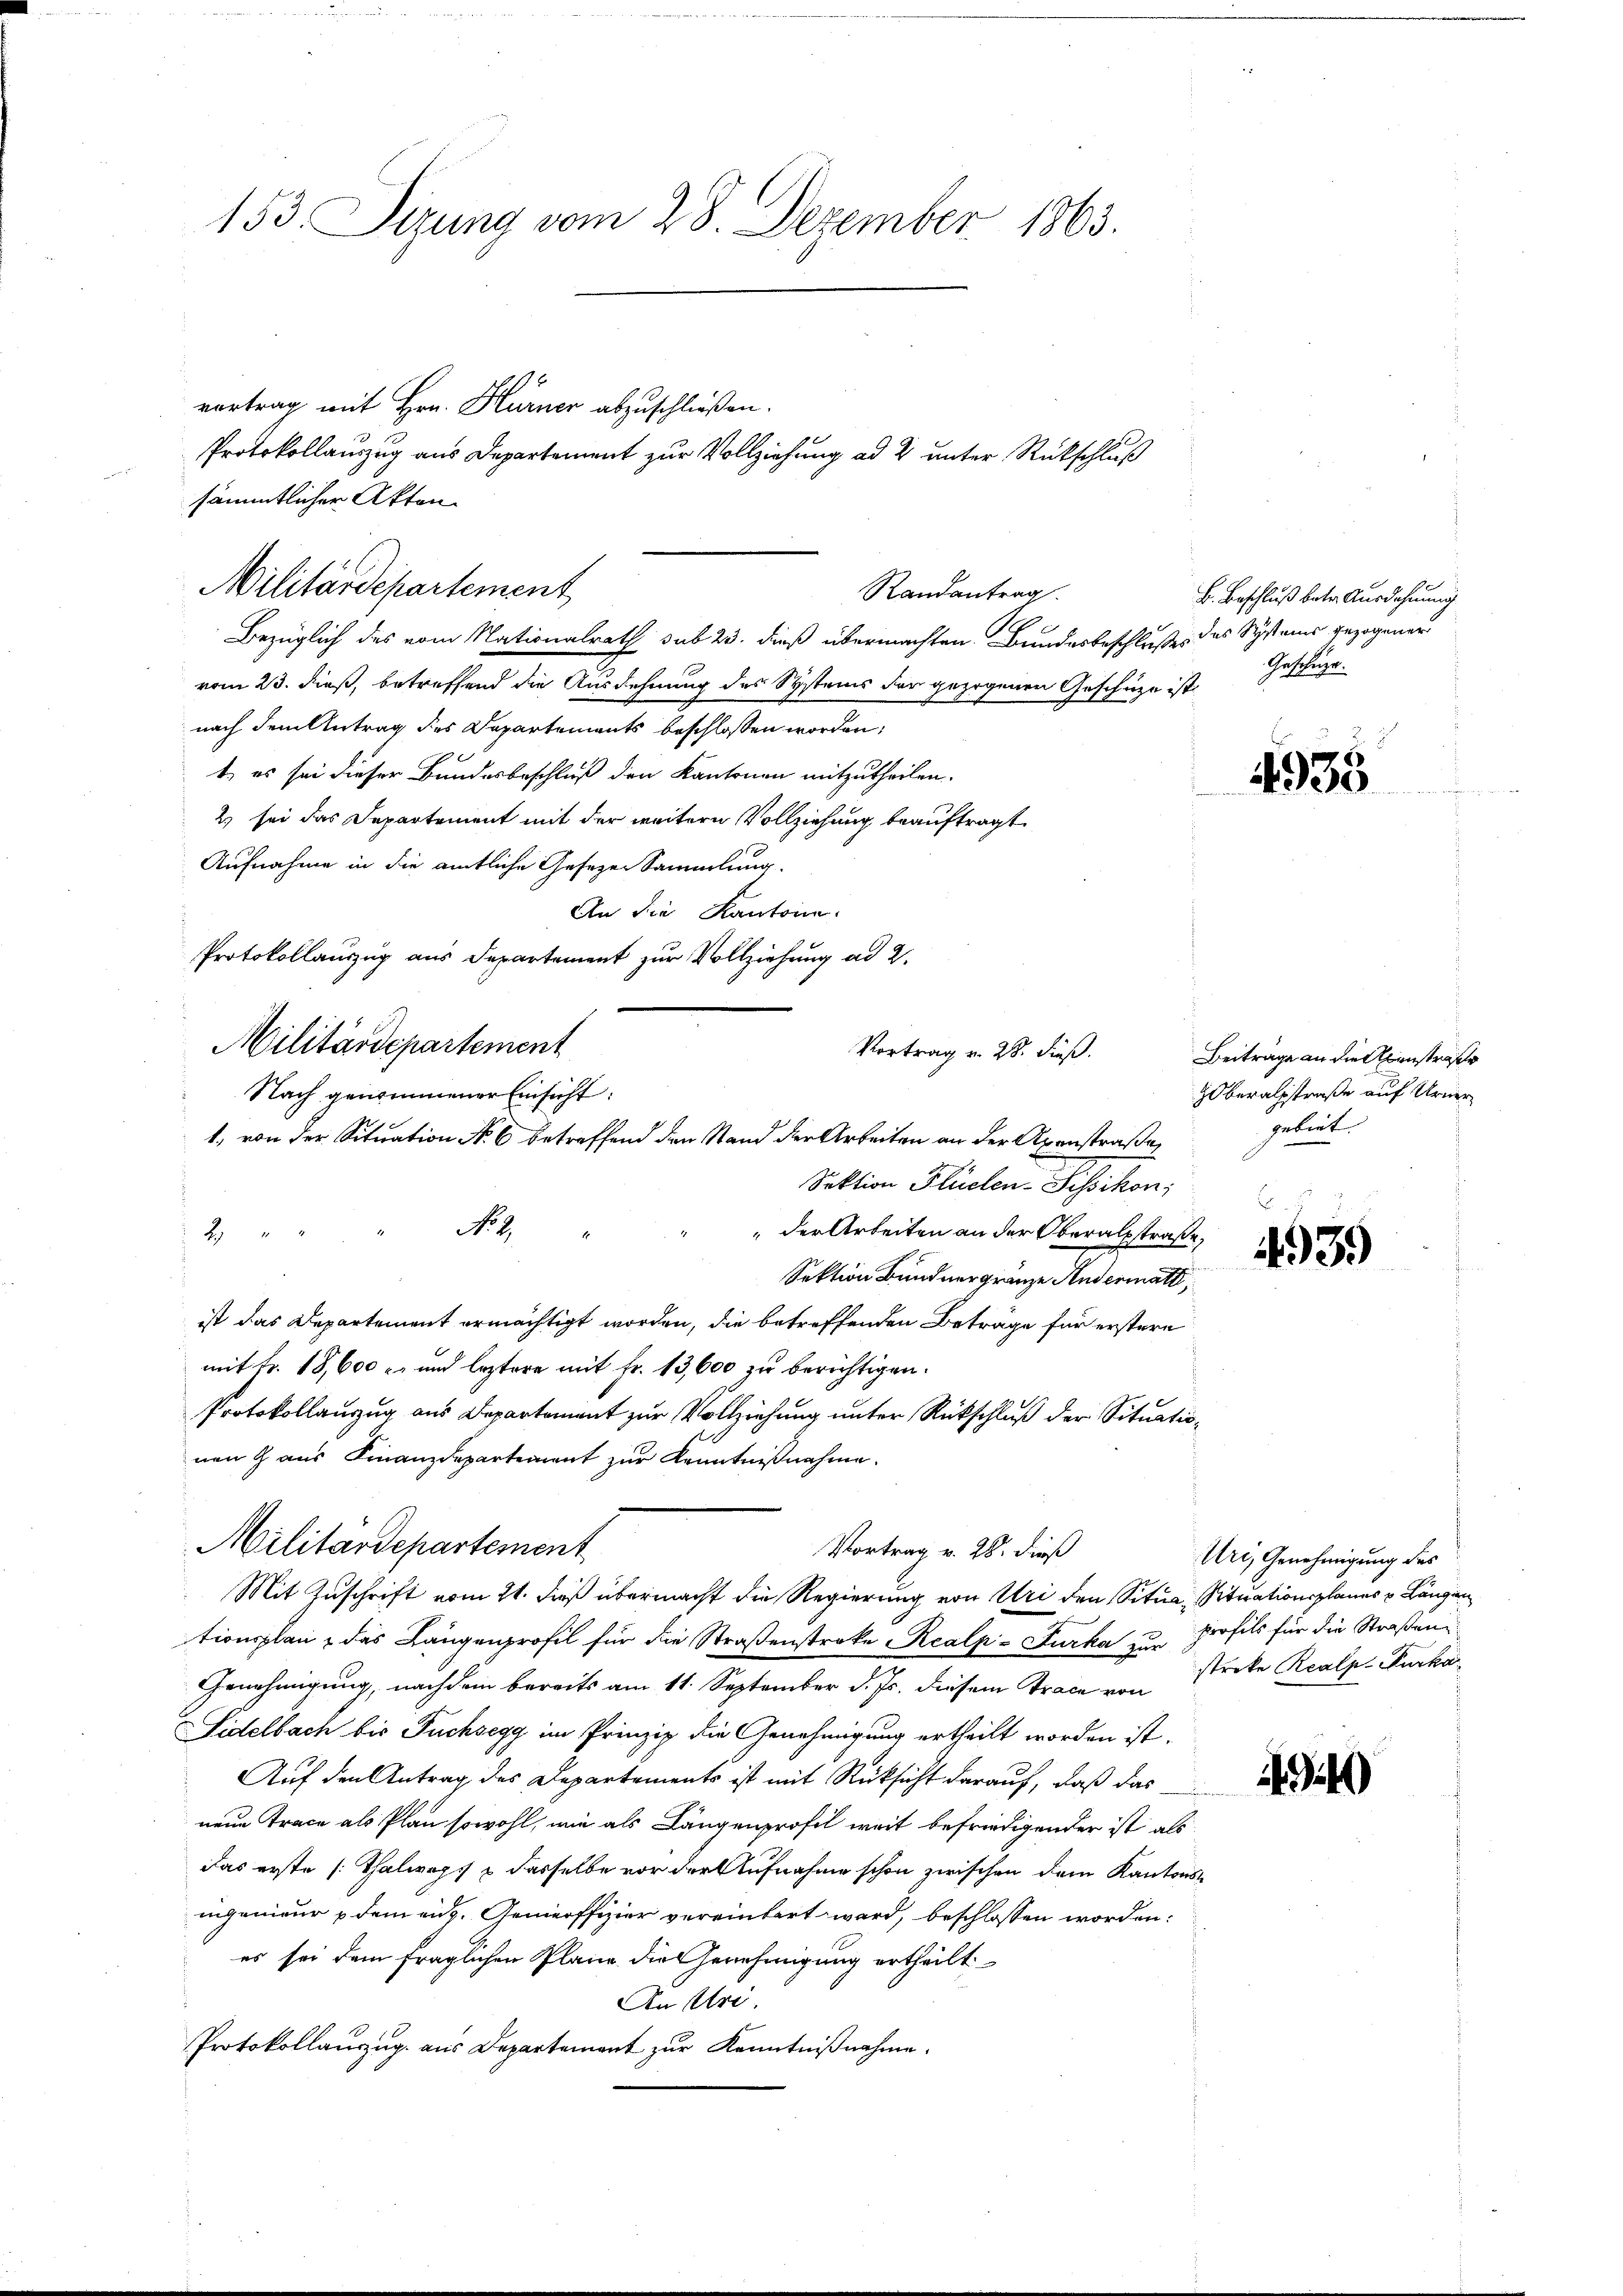
153. Sizung vom 28. Dezember 1863.

S
Bezüglich des vom Nationalrath sub 23. dieß übermachten Bundesbeschlußes des Systems gezogener
vom 23. dieß, betreffend die Ausdehnung des Systems der gezogenen Geschüze ist
nach dem Antrag des Departements beschlossen worden,
1.) es sei dieser Bundesbeschluß den Kantonen mitzutheilen.
2) sei das Departement mit der weitern Vollziehung beauftragt
Aufnahme in die amtliche Gesezen Sammlung.
An die Kantone.
Protokollauszug aus Departement zur Vollziehung ad 2.
No. 2.
2
Sektion Bundner gränze Andermatt,
ist das Departement ermächtigt worden, die betreffenden Beträge für erstere
mit Fr. 18,600 r. und leztere mit fr. 13,600 zu berichtigen.
Protokollauszug aus Departement zur Vollziehung unter Rückschluß der Situationen Gaus Finanzdepartement zur Kenntnißnahme.
Militärdepartement
Vortrag v. 28. dieß
Mit Zuschrift vom 21. dieß übermacht die Regierung von Uri den Situa, Situationsplanes v. Längen
tionsplan & das Längenprofil für die Straßenstreke Realp-Furka zur Profils für die Straßen¬
Genehmigung, nachdem bereits am 11. September d. Js. diesem Trace von
Fidelbach bis Fuchsegg im Prinzip die Genehmigung ertheilt worden ist.
Auf den Antrag des Departements ist mit Rücksicht darauf, daß das
neue Trace als Plan sowohl, wie als Längenprofil weit befriedigender ist als
das erste (Thalweg & dasselbe vor der Aufnahme schon zwischen dem Kantonsingenieur dem eidg. Gemeiffizier vereintert wird, beschlossen worden:
es sei dem fraglichen Plane die Genehmigung ertheilt
An Uri.
Protokollauszug aus Departement zur Kenntnißnahme.

vortrag mit Hrn. Hürner abzuschließen.
sämmtlicher Akten.
Militärdepartement
Randantrag

Militärdepartement
Vortrag v. 28. Fuß.
Nach genommener Einsicht:
1., von der Situation No 6 betreffend den Stand der Arbeiten an der Axenstraße
Sektion Flüelen-Sissikon;

Protokollauszug aus Departement zur Vollziehung ad 2 unter Rückschluß

B. Beschluß betr. Ausdehnung
Geschüze.

der Arbeiten an der Oberalstraße,

4935

Beiträge an die Axenstraße
Oberalsstraße auf Urner
gebiet. |

4939

Uri, Genehmigung des
strete Realp. Furkar

1940